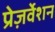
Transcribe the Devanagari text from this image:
प्रेज़र्वेशन